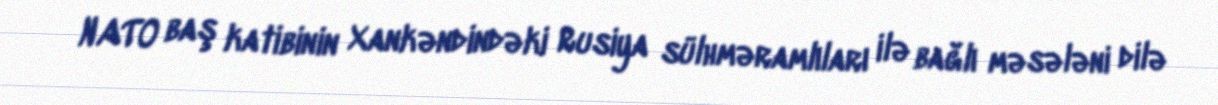
NATO baş katibinin Xankəndindəki Rusiya sülhməramlıları ilə bağlı məsələni dilə